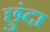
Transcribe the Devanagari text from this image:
छुंदा